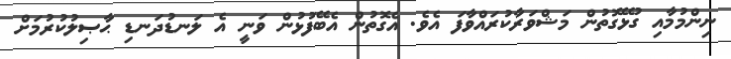
ނިންމުމާއި ގުޅޭގޮތުން މަޝްވަރާކުރައްވާފަ އެވެ. އެގޮތުން އެބޭފުޅުން ވަނީ އެ ލަނޑުދަނޑި ޙާޞިލުކުރުމަށް